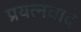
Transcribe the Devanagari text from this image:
प्रयत्नवाद